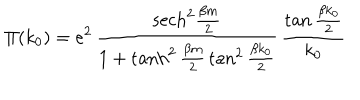
\Pi ( k _ { 0 } ) = e ^ { 2 } \, { \frac { \mathrm { s e c h } ^ { 2 } { \frac { \beta m } { 2 } } } { 1 + \tanh ^ { 2 } { \frac { \beta m } { 2 } } \tan ^ { 2 } { \frac { \beta k _ { 0 } } { 2 } } } } \, { \frac { \tan { \frac { \beta k _ { 0 } } { 2 } } } { k _ { 0 } } }